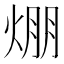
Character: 焩